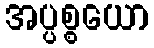
အပ္ပစ္စယော